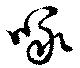
味